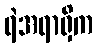
ရဲအရာရှိက